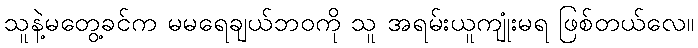
သူနဲ့မတွေ့ခင်က မမရေချယ်ဘဝကို သူ အရမ်းယူကျုံးမရ ဖြစ်တယ်လေ။